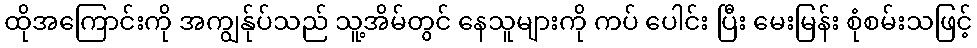
ထိုအကြောင်းကို အကျွန်ုပ်သည် သူ့အိမ်တွင် နေသူများကို ကပ် ပေါင်း ပြီး မေးမြန်း စုံစမ်းသဖြင့်